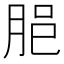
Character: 𦚽